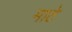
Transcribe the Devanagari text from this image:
माठे